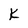
Character: k